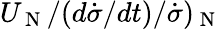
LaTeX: U_{\mathrm{~N~}}/(d\dot{\sigma}/dt)/\dot{\sigma})_{\mathrm{~N~}}